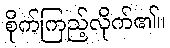
စိုက်ကြည့်လိုက်၏။